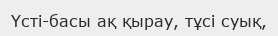
Үсті-басы ақ қырау, тұсі суық,